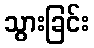
သွားခြင်း